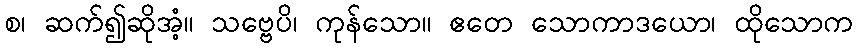
စ၊ ဆက်၍ဆိုအံ့။ သဗ္ဗေပိ၊ ကုန်သော။ ဧတေ သောကာဒယော၊ ထိုသောက